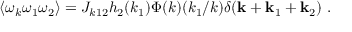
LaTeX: \langle \omega \sb k \omega \sb 1 \omega \sb 2 \rangle = J _ { k 1 2 } h _ { 2 } ( k _ { 1 } ) \Phi ( k ) ( k \sb 1 / k ) \delta ( { \bf k } + { \bf k } \sb 1 + { \bf k } \sb 2 ) \ .